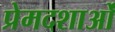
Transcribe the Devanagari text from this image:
प्रेमदशाओं